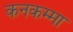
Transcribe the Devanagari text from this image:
कनकम्मा